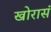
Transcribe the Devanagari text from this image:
खोरासं